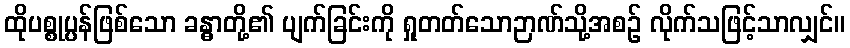
ထိုပစ္စုပ္ပန်ဖြစ်သော ခန္ဓာတို့၏ ပျက်ခြင်းကို ရှုတတ်သောဉာဏ်သို့အစဉ် လိုက်သဖြင့်သာလျှင်။